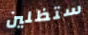
ستظلين